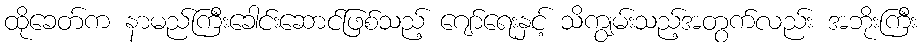
ထိုခေတ်က နာမည်ကြီးခေါင်းဆောင်ဖြစ်သည့် ဂျော်ရေးနှင့် သိကျွမ်းသည့်အတွက်လည်း အဘိုးကြီး